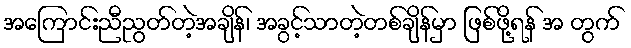
အကြောင်းညီညွတ်တဲ့အချိန်၊ အခွင့်သာတဲ့တစ်ချိန်မှာ ဖြစ်ဖို့ရန် အ တွက်